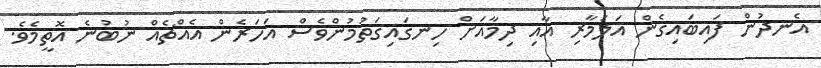
އެނދުން ފައިބައިގެން އަލަމާރި އާއި ދިމާއަށް ހިނގައިގަތުމުންވެސް އަހަރެން އެއްޗެއް ނުބުނެ އޮތީމެވެ.